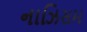
નાઝિસમ